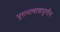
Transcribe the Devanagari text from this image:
पुरापाषाणयुगीन